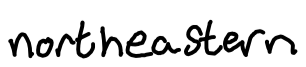
Text: northeastern
Cross-out: clean
Writing tool: digital_black